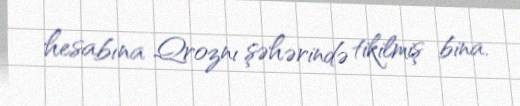
hesabına Qroznı şəhərində tikilmiş bina.